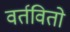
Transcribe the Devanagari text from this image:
वर्तवितो